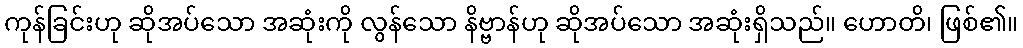
ကုန်ခြင်းဟု ဆိုအပ်သော အဆုံးကို လွန်သော နိဗ္ဗာန်ဟု ဆိုအပ်သော အဆုံးရှိသည်။ ဟောတိ၊ ဖြစ်၏။